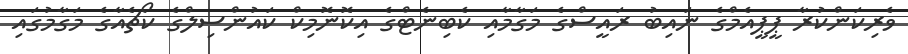
ވެރިކަންކުރާ ޕީޕީއެމްގެ ނައިބު ރައީސްގެ މަގާމާއި ކެބިނެޓްގެ އިކޮނޮމިކް ކައުންސިލްގެ ކޯޗެއާގެ މަގާމުގައި